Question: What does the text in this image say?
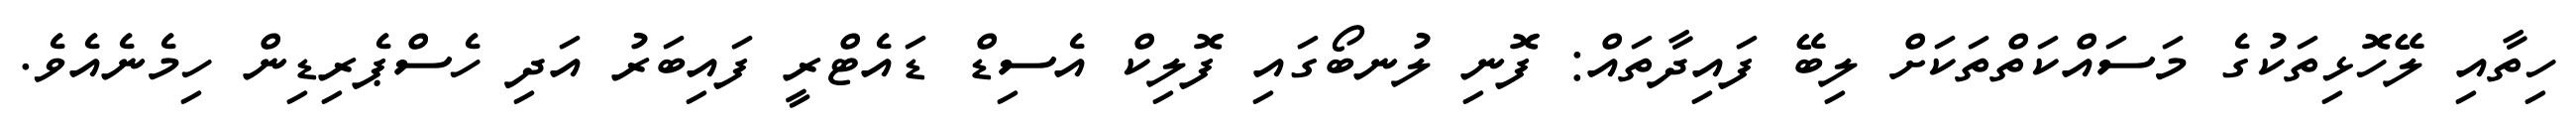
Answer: ހިތާއި ލޭހޮޅިތަކުގެ މަސައްކަތްތަކަށް ލިބޭ ފައިދާތައް: ފޮނި ލުނބޯގައި ފޮލިކް އެސިޑް ޑައެޓްރީ ފައިބަރު އަދި ހެސްޕެރިޑިން ހިމެނެއެވެ.